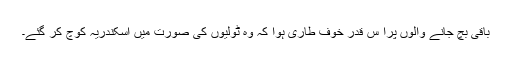
باقی بچ جانے والوں پرا س قدر خوف طاری ہوا کہ وہ ٹولیوں کی صورت میں اسکندریہ کوچ کر گئے۔